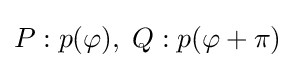
P:p(\varphi ),\;Q:p(\varphi +\pi )